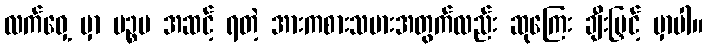
လက်ဝှေ့ မှာ ပဉ္စမ အဆင့် ရတဲ့ အားကစားသမားအတွက်လည်း ဆုကြေး ချီးမြှင့် မှာပါ။